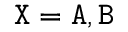
{ \tt X } = { { \tt A } } , { { \tt B } }